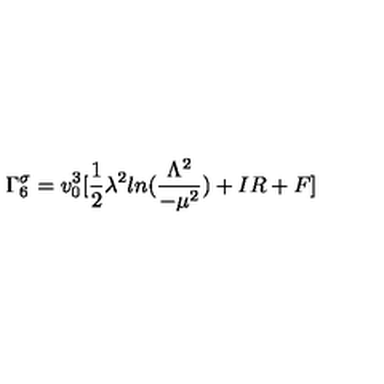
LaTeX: \Gamma _ { 6 } ^ { \sigma } = v _ { 0 } ^ { 3 } [ \frac { 1 } { 2 } \lambda ^ { 2 } l n ( \frac { \Lambda ^ { 2 } } { - \mu ^ { 2 } } ) + I R + F ]